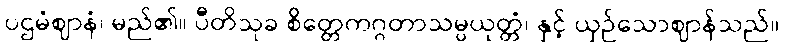
ပဌမံဈာနံ၊ မည်၏။ ပီတိသုခ စိတ္တေကဂ္ဂတာသမ္ပယုတ္တံ၊ နှင့် ယှဉ်သောဈာန်သည်။